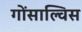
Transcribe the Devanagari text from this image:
गोंसाल्विस